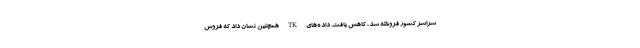
سراسر کشور فروخته شد، کاهش یافت. داده‌های TK همچنین نشان داد که فروش